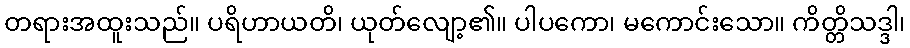
တရားအထူးသည်။ ပရိဟာယတိ၊ ယုတ်လျော့၏။ ပါပကော၊ မကောင်းသော။ ကိတ္တိသဒ္ဒါ၊